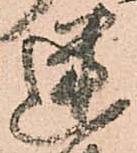
迷